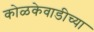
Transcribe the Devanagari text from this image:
कोळकेवाडीच्या